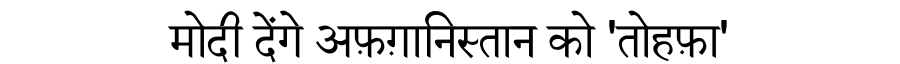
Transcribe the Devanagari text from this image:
मोदी देंगे अफ़ग़ानिस्तान को 'तोहफ़ा'